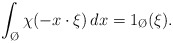
\begin{align*}\int_{\O}\chi(-x\cdot \xi)\, dx = 1_{\O}(\xi).\end{align*}